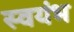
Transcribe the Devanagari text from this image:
स्वयंभ